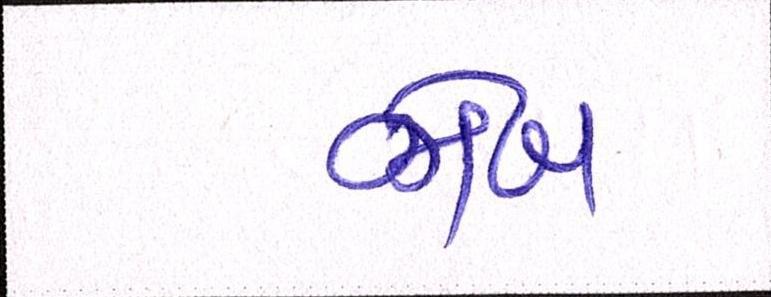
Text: જોબ